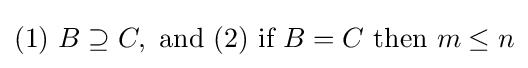
{\text{(1) }}B\supseteq C,{\text{ and (2) if }}B=C{\text{ then }}m\leq n